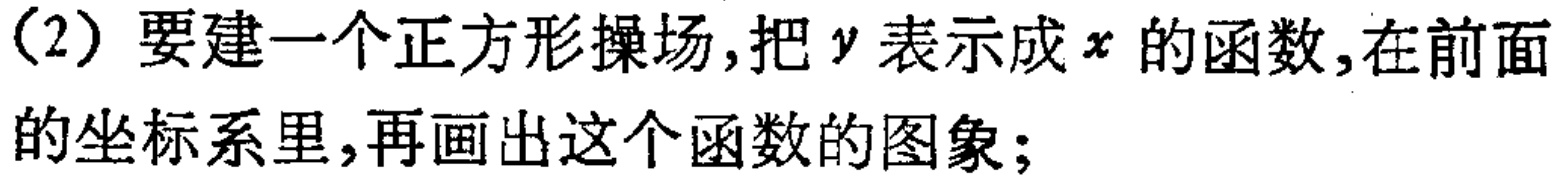
（2）要建一个正方形操场,把\(y\)表示成\(x\)的函数,在前面的坐标系里,再画出这个函数的图象;